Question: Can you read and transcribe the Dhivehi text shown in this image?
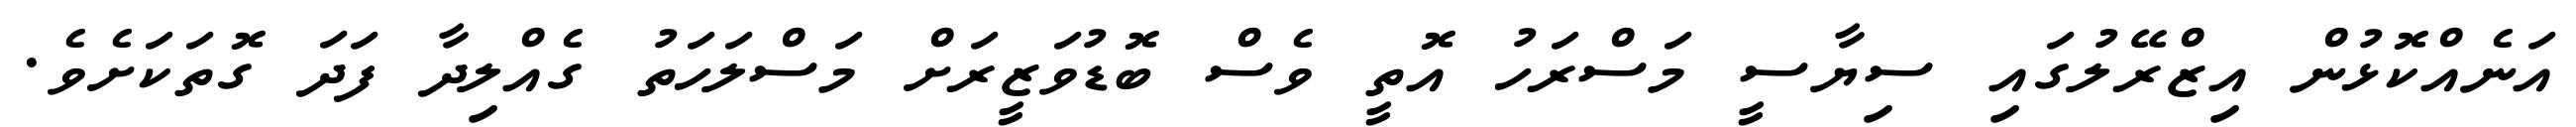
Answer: އަނެއްކޮޅުން އިޒްރޭލުގައި ސިޔާސީ މަސްރަހު އޮތީ ވެސް ބޮޑުވަޒީރަށް މަސްލަހަތު ގެއްލިދާ ފަދަ ގޮތަކަށެވެ.